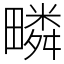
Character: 疄